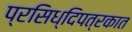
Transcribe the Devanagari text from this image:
प्रसिध्दिपत्रकात